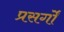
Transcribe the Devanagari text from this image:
प्रसर्गों